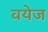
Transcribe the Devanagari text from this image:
वयेज